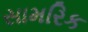
સામરિક